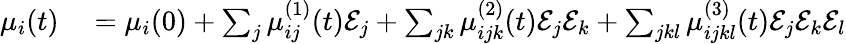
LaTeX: \begin{array}{rl}{\mu_{i}(t)}&{{}=\mu_{i}(0)+\sum_{j}\mu_{ij}^{(1)}(t)\mathcal{E}_{j}+\sum_{jk}\mu_{ijk}^{(2)}(t)\mathcal{E}_{j}\mathcal{E}_{k}+\sum_{jkl}\mu_{ijkl}^{(3)}(t)\mathcal{E}_{j}\mathcal{E}_{k}\mathcal{E}_{l}}\end{array}